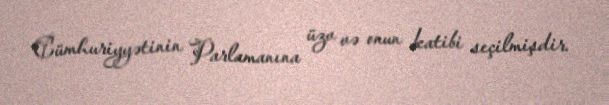
Cümhuriyyətinin Parlamanına üzv və onun katibi seçilmişdir.